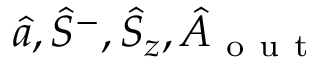
\hat { a } , \hat { S } ^ { - } , \hat { S } _ { z } , \hat { A } _ { \mathrm { ~ o ~ u ~ t ~ } }